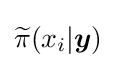
{\widetilde {\pi }}(x_{i}|{\boldsymbol {y}})